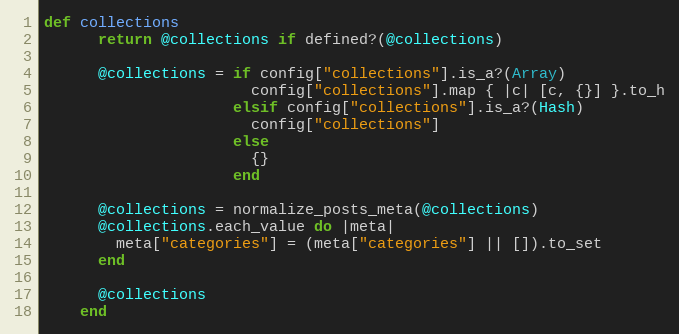
Language: Ruby
def collections
      return @collections if defined?(@collections)

      @collections = if config["collections"].is_a?(Array)
                       config["collections"].map { |c| [c, {}] }.to_h
                     elsif config["collections"].is_a?(Hash)
                       config["collections"]
                     else
                       {}
                     end

      @collections = normalize_posts_meta(@collections)
      @collections.each_value do |meta|
        meta["categories"] = (meta["categories"] || []).to_set
      end

      @collections
    end